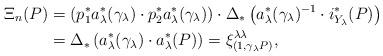
LaTeX: \begin{align*}\Xi_n(P) & = \left( p_1^*a_\lambda^*(\gamma_\lambda)\cdot p_2^*a_\lambda^*(\gamma_\lambda) \right) \cdot \Delta_*\left(a_\lambda^*(\gamma_\lambda)^{-1}\cdot i^*_{Y_\lambda}(P)\right) \\& = \Delta_*\left( a_\lambda^*(\gamma_\lambda)\cdot a_\lambda^*(P) \right)= \xi^{\lambda\lambda}_{(1,\gamma_\lambda P)},\end{align*}